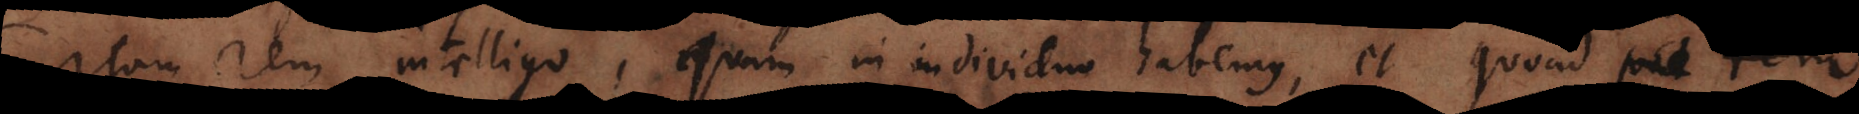
rem intelligo, quam in individuo habemus, et quoad pot